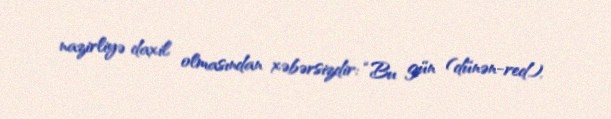
nazirliyə daxil olmasından xəbərsizdir: “Bu gün (dünən-red.).